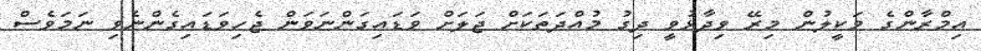
އިމްރާންގެ ވަކީލުން މިރޭ ވިދާޅުވީ ދިގު މުއްދަތަކަށް ޖަލަށް ވަޑައިގަންނަވަން ޖެހިވަޑައިގެންނެވި ނަމަވެސް